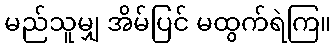
မည်သူမျှ အိမ်ပြင် မထွက်ရဲကြ။